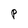
Character: P